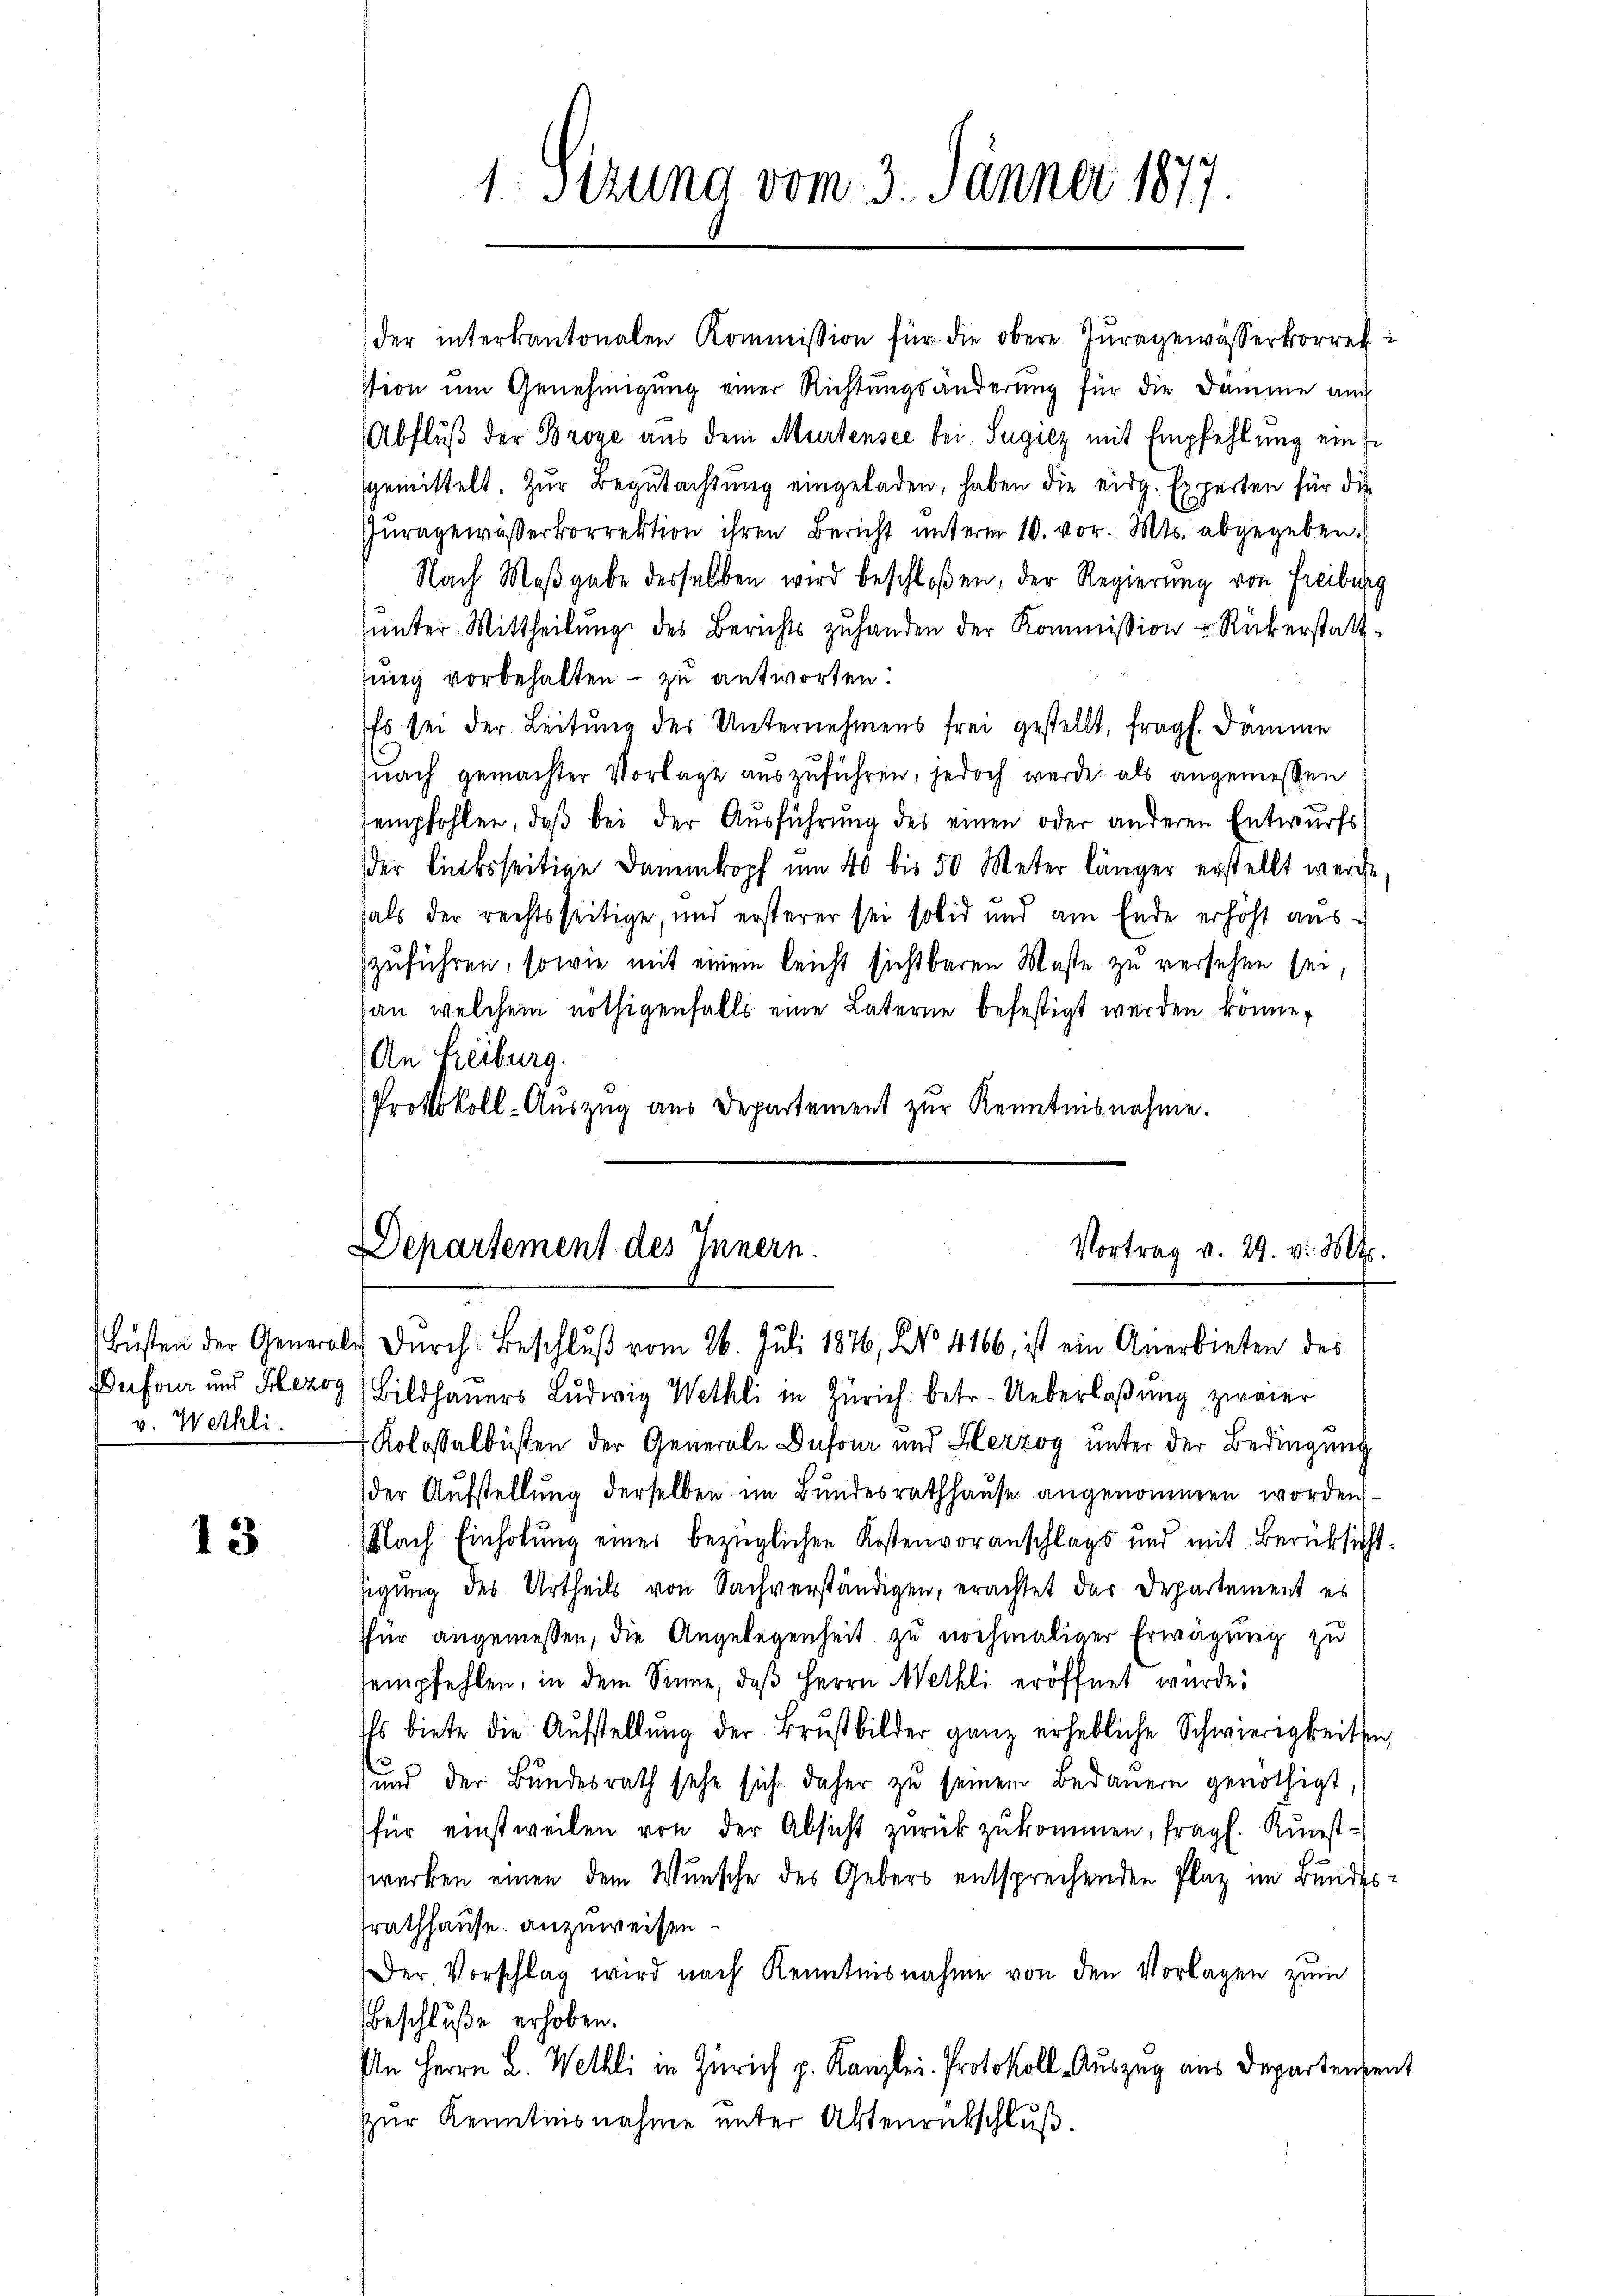
v. Wethli

13

1 Sizung vom 3. Jänner 1877.

der interkantonalen Kommission für die obere Zŭragewässerkorrek
stion um Genehmigung einer Richtungsänderung für die Damme au
Abfluß der Broye aus dem Murtensee bei Sugiez mit Empfehlung ein E
gemittelt. Zur Begutachtung eingeladen, haben die eidg. Experten für die
Purngewässerkorrektion ihren Bericht unterm 10. vor. Mts. abgegeben.
Nach Maβgabe desselben wird beschloßen, der Regierung von Freiburg
ŭnter Mittheilŭng des Berichts zŭ handen der Kommission Rükerstattfung vorbehalten - zu antworten:
Es sei der Leitung des Unternehmens frei gestellt, fragt. Damme
uach gemachter Vorlage auszuführen, jedoch werde als angemessen
empfohlen, daß bei der Ausführung des einen oder anderen Entwurfs
der linksseitige Dammkopf um 40 bis 50 Meter länger erstellt werde,
hals der rechtsseitige, und ersterer sei solid und am Ende erhöht auszuführen, sowie mit einem leicht sichtbaren Maste zu versehen sei,
an welchem nöthigenfalls eine Laterne befestigt werden könne,
An Freiburg.
Protokoll-Auszug aus Departement zur Kenntnisnahme.

Departement des Innern.
Vortrag v. 29. v. Mts.
Büsten der Generale Dŭrch Beschlŭβ vom 26. Juli 1876, No. 4166, ist ein Anerbieten des

Defan und Hezog, Bildhauers Ludwig Wethli in Zürich betr. Ueberlaßung zweier
 Kolossalbüsten der Generale Dufour und Herzog unter der Bedingung
der Aufstellung derselben im Bundesrathhause angenommen worden
Nach Einholung eines bezüglichen Kostenvoranschlags und mit Berüksichtsigung des Urtheils von Sachverständigen, erachtet das Departement es
für angemessen, die Angelegenheit zu nochmaliger Erwägung zu
empfehlen, in dem Sinne, daβ Herrn Wethli eröffnet wurde.
Es biete die Aufstellŭng der Brustbilder ganz erhebliche Schwierigkeiten,
und der Bundesrath sehe sich daher zŭ seinem Bedauern genöthigt.
für einstweilen von der Absicht zurückzukommen, fragl. Kunstwerken einen dem Wunsche des Gebers entsprechenden Plaz im Bundesrathhause anzuweisen.
Der Vorschlag wird nach Kenntnisnahme von den Vorlagen zum
Beschluße erhoben.
An Herrn L. Wethli in Zürich p. Kanzlei. Protokoll Auszug aus Departenzent
zur Kenntnisnahme unter Aktenrückschluß.